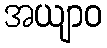
အယျာဝ